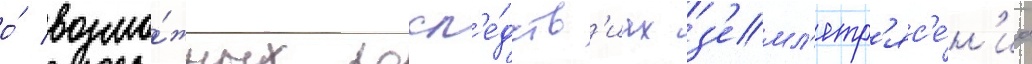
о́ возмо́жных посл'е́дств'иах з'емл'етр'яс'е́н'иа